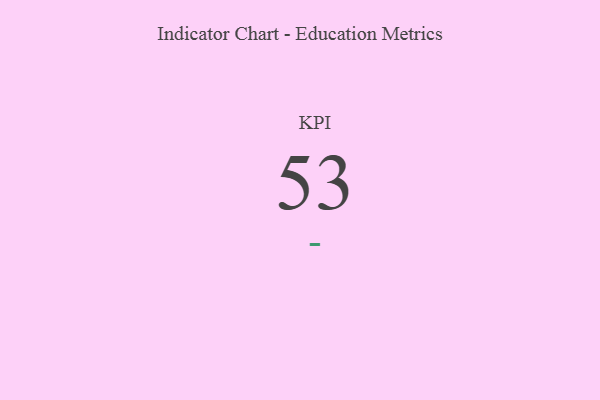
{"axis": {"x": "KPI", "y": "Value"}, "legend": [""], "data": [{"x": "KPI", "y": 53, "type": ""}]}